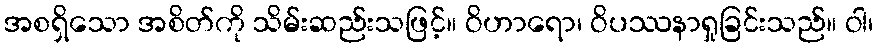
အစရှိသော အစိတ်ကို သိမ်းဆည်းသဖြင့်။ ဝိဟာရော၊ ဝိပဿနာရှုခြင်းသည်။ ဝါ၊